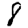
Digit: 8